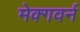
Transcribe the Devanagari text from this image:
मेक्गवर्न